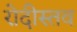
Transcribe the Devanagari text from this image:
रोदीस्तव